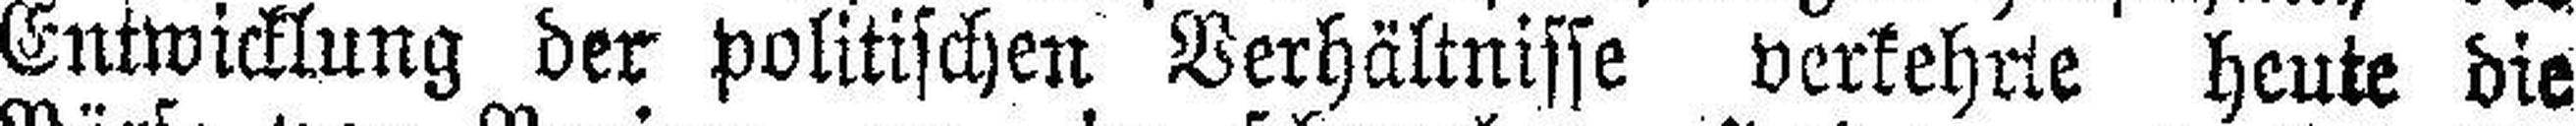
Entwicklung der politischen Verhältnisse verkehrte heute die